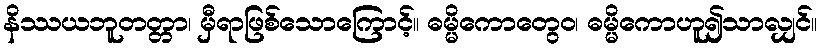
နိဿယဘူတတ္တာ၊ မှီရာဖြစ်သောကြောင့်။ ဓမ္မိကောတွေဝ၊ ဓမ္မိကောဟူ၍သာလျှင်။